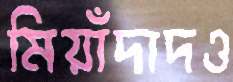
মিয়াঁদাদও